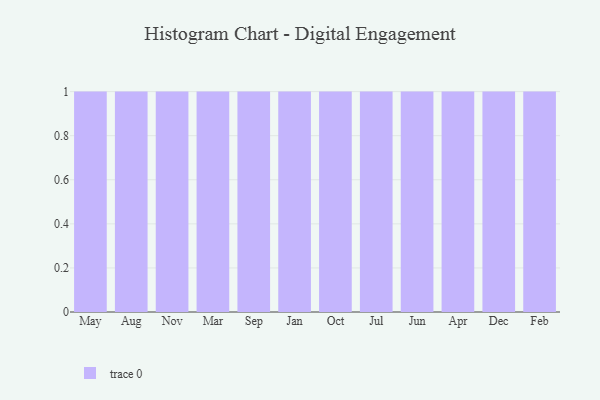
{"axis": {"x": "Month", "y": "Net Income (USD K)"}, "legend": [""], "data": [{"x": "May", "y": 63, "type": ""}, {"x": "Aug", "y": 91, "type": ""}, {"x": "Nov", "y": 64, "type": ""}, {"x": "Mar", "y": 27, "type": ""}, {"x": "Sep", "y": 47, "type": ""}, {"x": "Jan", "y": 43, "type": ""}, {"x": "Oct", "y": 100, "type": ""}, {"x": "Jul", "y": 9, "type": ""}, {"x": "Jun", "y": 32, "type": ""}, {"x": "Apr", "y": 64, "type": ""}, {"x": "Dec", "y": 9, "type": ""}, {"x": "Feb", "y": 81, "type": ""}]}